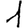
Digit: 1